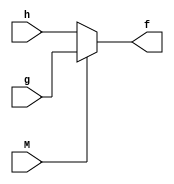
module mux21(M,g,h,f);
	input wire M,g,h;
	output wire f;
	assign f=M?g:h;
endmodule